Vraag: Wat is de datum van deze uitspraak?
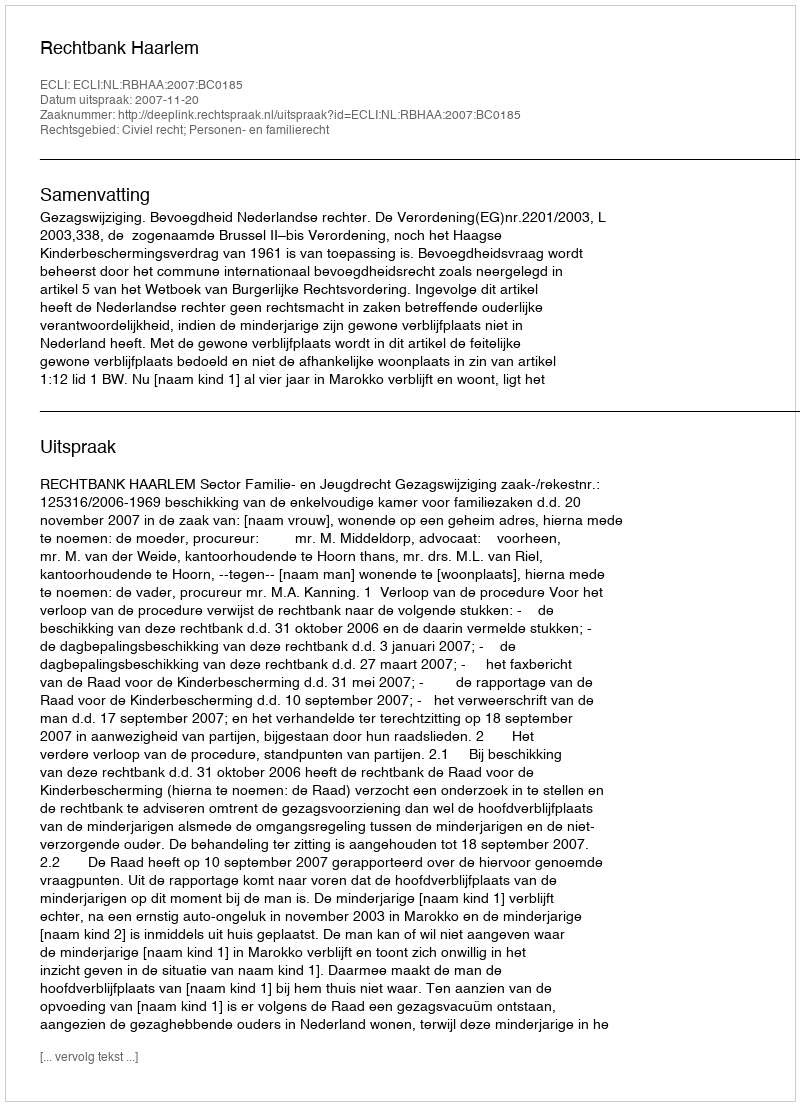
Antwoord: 2007-11-20